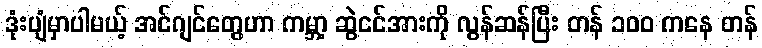
ဒုံးပျံမှာပါမယ့် အင်ဂျင်တွေဟာ ကမ္ဘာ့ ဆွဲငင်အားကို လွန်ဆန်ပြီး တန် ၁၀၀ ကနေ တန်